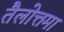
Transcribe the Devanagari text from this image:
तैलोत्तमा